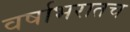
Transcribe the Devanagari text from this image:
वर्षाभरातच